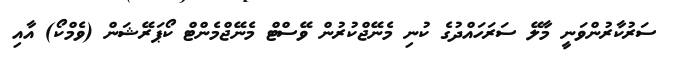
ސަރުކާރުންވަނީ މާލޭ ސަރަހައްދުގެ ކުނި މެނޭޖްކުރުން ވޭސްޓް މެނޭޖްމެންޓް ކޯޕަރޭޝަން (ވެމްކޯ) އާއި